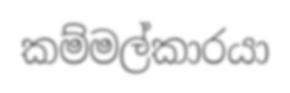
කම්මල්කාරයා